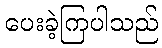
ပေးခဲ့ကြပါသည်